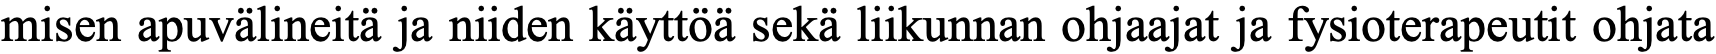
misen apuvälineitä ja niiden käyttöä sekä liikunnan ohjaajat ja fysioterapeutit ohjata